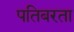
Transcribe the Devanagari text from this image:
पतिबरता